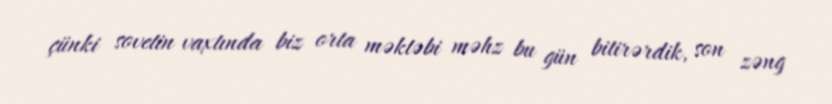
çünki sovetin vaxtında biz orta məktəbi məhz bu gün bitirərdik, son zəng